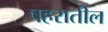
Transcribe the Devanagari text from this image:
षहरातील